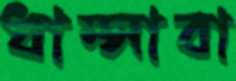
ধাম্‌সাবা